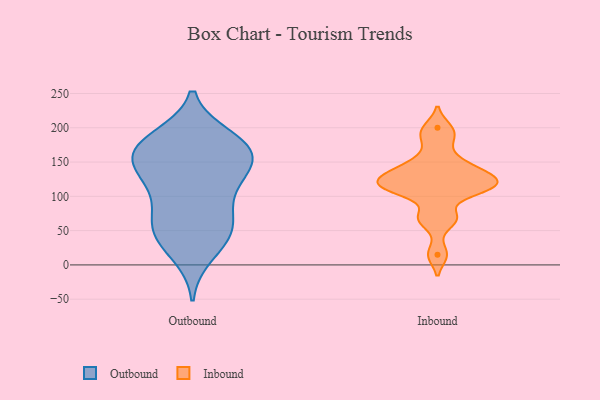
{"axis": {"x": "Tickets Resolved", "y": "Value"}, "legend": ["Inbound", "Outbound"], "data": [{"x": "", "y": 44, "type": "Outbound"}, {"x": "", "y": 185, "type": "Outbound"}, {"x": "", "y": 46, "type": "Outbound"}, {"x": "", "y": 109, "type": "Outbound"}, {"x": "", "y": 178, "type": "Outbound"}, {"x": "", "y": 70, "type": "Outbound"}, {"x": "", "y": 151, "type": "Outbound"}, {"x": "", "y": 167, "type": "Outbound"}, {"x": "", "y": 170, "type": "Outbound"}, {"x": "", "y": 176, "type": "Outbound"}, {"x": "", "y": 115, "type": "Outbound"}, {"x": "", "y": 16, "type": "Outbound"}, {"x": "", "y": 68, "type": "Outbound"}, {"x": "", "y": 46, "type": "Outbound"}, {"x": "", "y": 128, "type": "Outbound"}, {"x": "", "y": 150, "type": "Outbound"}, {"x": "", "y": 150, "type": "Outbound"}, {"x": "", "y": 200, "type": "Inbound"}, {"x": "", "y": 131, "type": "Inbound"}, {"x": "", "y": 123, "type": "Inbound"}, {"x": "", "y": 15, "type": "Inbound"}, {"x": "", "y": 132, "type": "Inbound"}, {"x": "", "y": 155, "type": "Inbound"}, {"x": "", "y": 184, "type": "Inbound"}, {"x": "", "y": 68, "type": "Inbound"}, {"x": "", "y": 108, "type": "Inbound"}, {"x": "", "y": 109, "type": "Inbound"}, {"x": "", "y": 141, "type": "Inbound"}, {"x": "", "y": 116, "type": "Inbound"}, {"x": "", "y": 67, "type": "Inbound"}, {"x": "", "y": 114, "type": "Inbound"}]}